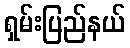
ရှမ်းပြည်နယ်